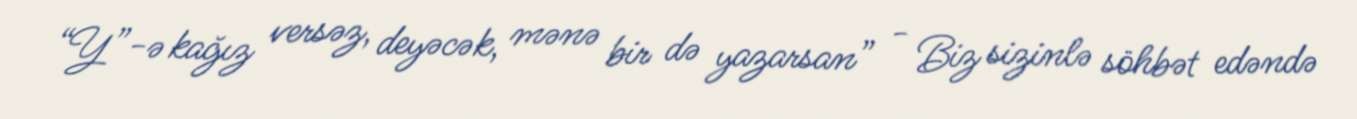
“Y”-ə kağız versəz, deyəcək, mənə bir də yazarsan” - Biz sizinlə söhbət edəndə